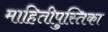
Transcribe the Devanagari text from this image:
माहितीपुस्तिका